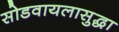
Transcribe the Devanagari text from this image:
सोडवायलासुद्धा